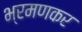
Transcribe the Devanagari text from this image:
भ्रमणकर